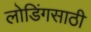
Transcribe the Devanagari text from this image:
लोडिंगसाठी